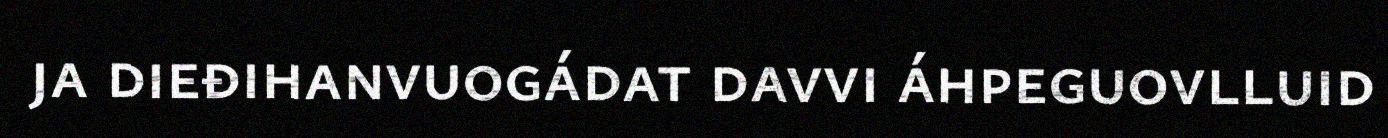
ja dieđihanvuogádat davvi áhpeguovlluid